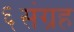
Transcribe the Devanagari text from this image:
६संग्रह